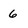
Character: 6